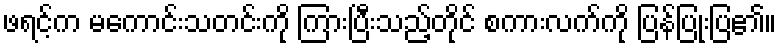
ဖရင့်က မကောင်းသတင်းကို ကြားပြီးသည့်တိုင် စကားလက်ကို ပြန်ပြုံးပြ၏။